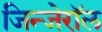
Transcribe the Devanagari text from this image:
जिन्जेरॉल